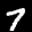
Label: 7